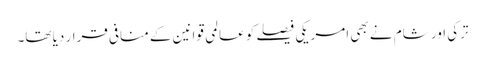
ترکی اور شام نے بھی امریکی فیصلے کو عالمی قوانین کے منافی قرار دیا تھا۔